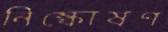
নিষ্কোষণ